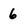
Character: 6